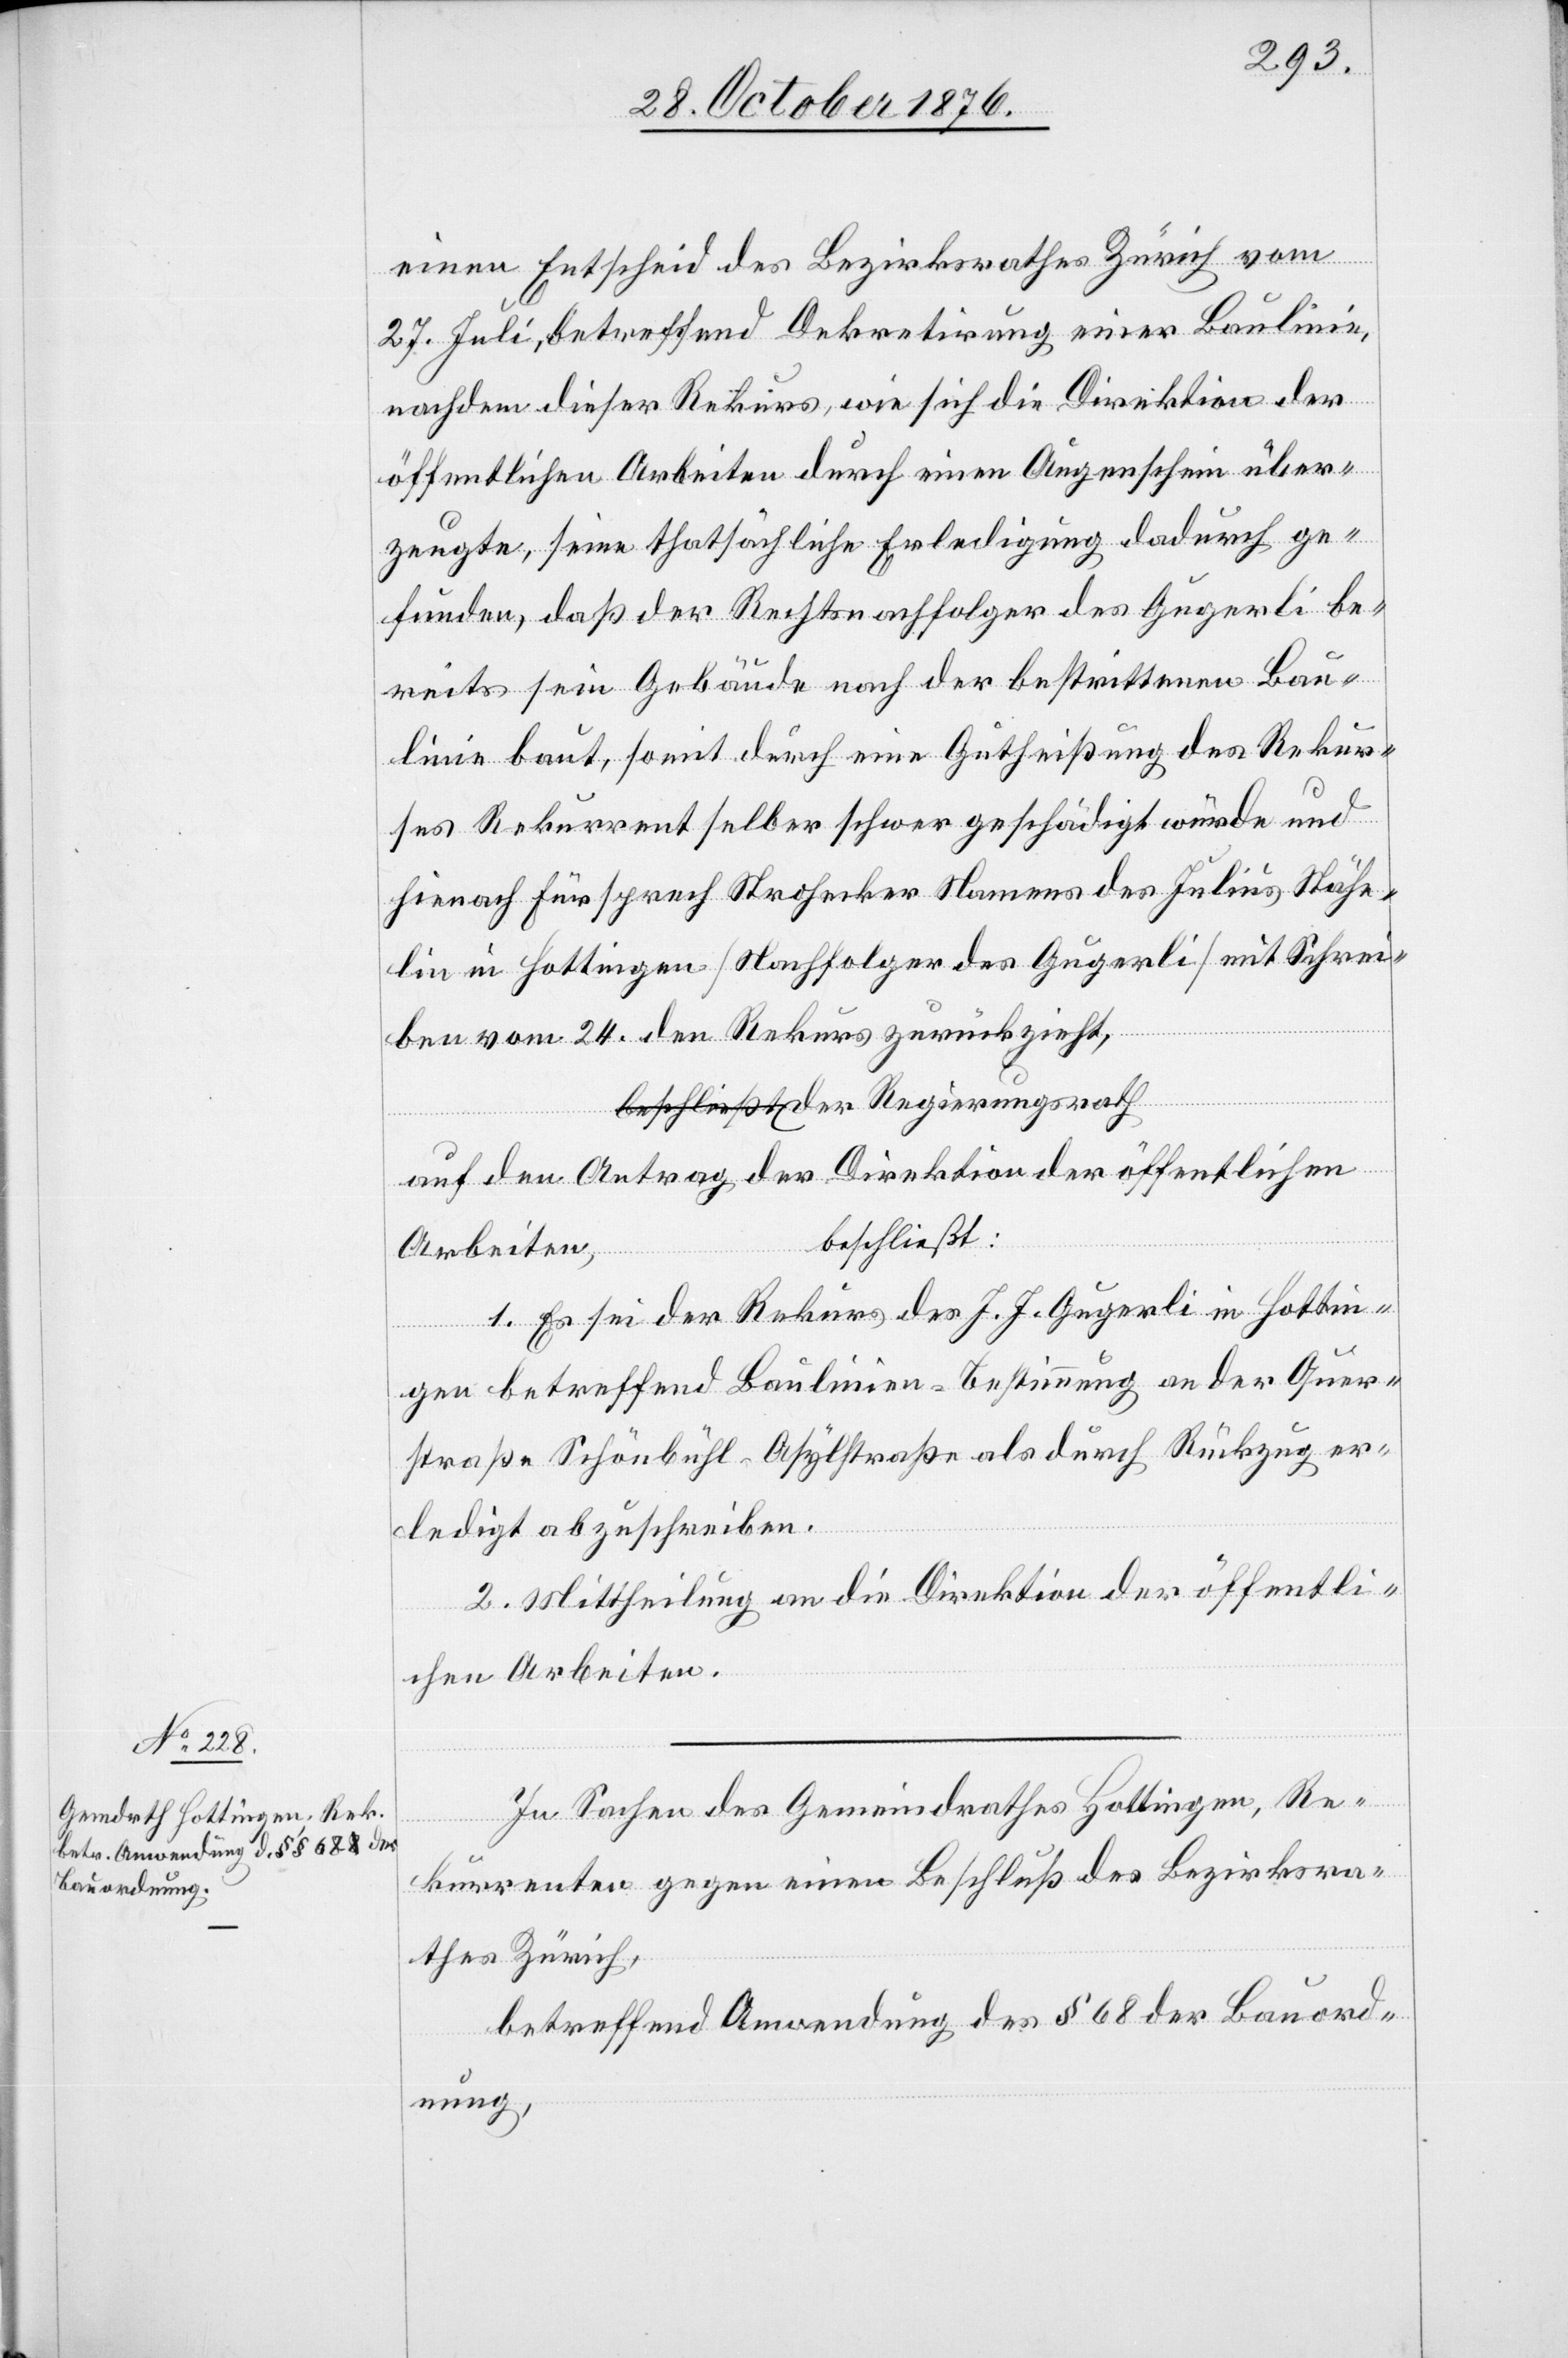
einen Entscheid des Bezirksrathes Zürich vom
27. Juli, betreffend Dekretirung einer Baulinie,
nachdem dieser Rekurs, wie sich die Direktion der
öffentlichen Arbeiten durch einen Augenschein über¬
zeugte, seine thatsächliche Erledigung dadurch ge¬
funden, daß der Rechtsnachfolger des Gugerli be¬
reits sein Gebäude nach der bestrittenen Bau¬
linie baut, somit durch eine Gutheißung des Rekur¬
ses Rekurrent selber schwer geschädigt würde und
hienach Fürsprech Strohecker Namens des Julius Stähe¬
lin in Hottingen [Nachfolger des Gugerli] mit Schrei¬
ben vom 24. den Rekurs zurückzieht,
auf den Antrag der Direktion der öffentlichen
beschließt:
Arbeiten
1. Es sei der Rekurs des J. J. Gugerli in Hottin¬
gen betreffend Baulinien-Bestimmung an der Quer¬
straße Schönbühl-Asylstraße als durch Rückzug er¬
ledigt abzuschreiben.
2. Mittheilung an die Direktion der öffentli¬
ath
chen Arbeiten.
In Sachen des Gemeindrathes Hottingen, Re¬
kurrenten gegen einen Beschluß des Bezirksra¬
thes Zürich,
betreffend Anwendung des § 68 der Bauord¬
nung,